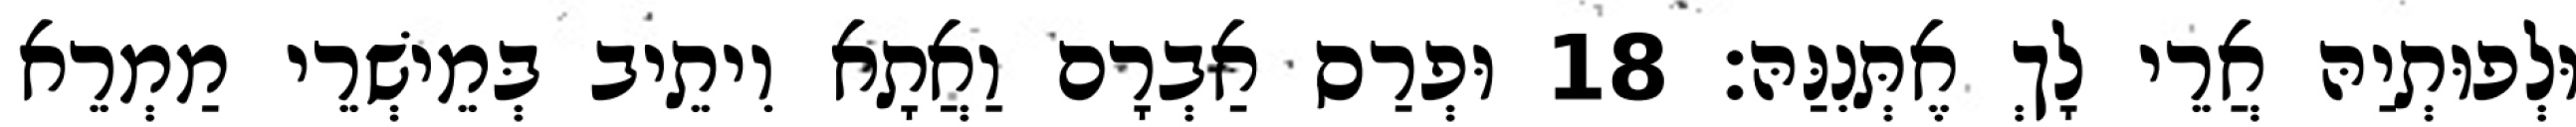
וּלְפוּתְיַהּ אֲרֵי לָךְ אֶתְּנִנַּהּ׃ 18 וּפְרַס אַבְרָם וַאֲתָא וִיתֵיב בְּמֵישְׁרֵי מַמְרֵא